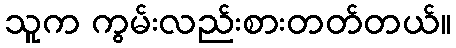
သူက ကွမ်းလည်းစားတတ်တယ်။